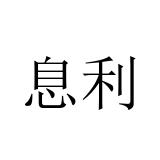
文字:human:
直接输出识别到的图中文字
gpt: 息利